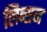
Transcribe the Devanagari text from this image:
लिब्सन